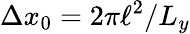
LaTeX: \Delta x_{0}=2\pi\ell^{2}/L_{y}